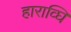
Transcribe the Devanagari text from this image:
हाराव्घि